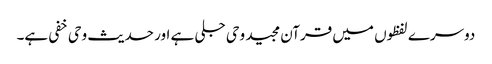
دوسرے لفظوں میں قرآن مجید وحی جلی ہے اور حدیث وحی خفی ہے۔